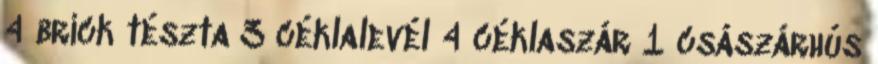
4 brick tészta 3 céklalevél 4 céklaszár 1 császárhús